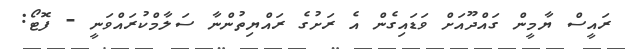
ރައީސް ޔާމީން ގައްދޫއަށް ވަޑައިގެން އެ ރަށުގެ ރައްޔިތުންނާ ސަލާމްކުރައްވަނީ - ފޮޓޯ: